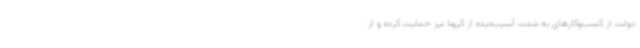
دولت از کسب‌وکارهای به شدت آسیب‌دیده از کرونا نیز حمایت کرده و از